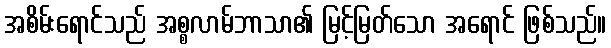
အစိမ်းရောင်သည် အစ္စလာမ်ဘာသာ၏ မြင့်မြတ်သော အရောင် ဖြစ်သည်။